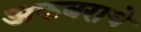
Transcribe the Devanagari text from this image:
अकबराचे